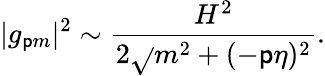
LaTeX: |g_{\mathsf{p}m}|^{2}\sim\frac{{H^{2}}}{{2\sqrt{}{{m^{2}+(-\mathsf{p}\eta)^{2}}}}}.